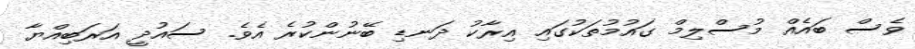
ވެސް ބައެއް މުސްލިމް ގައުމުތަކުގައި އިރާކު ދަނޑި ބޭނުންކުރެ އެވެ. ސައުދީ އަރަބިއްޔާ